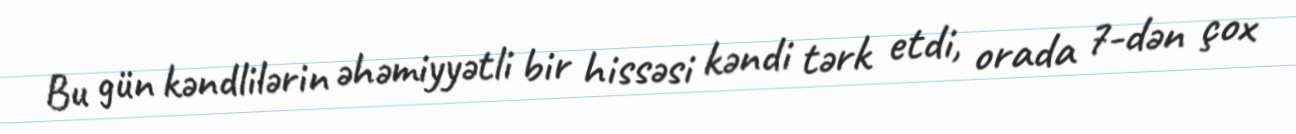
Bu gün kəndlilərin əhəmiyyətli bir hissəsi kəndi tərk etdi, orada 7-dən çox